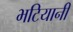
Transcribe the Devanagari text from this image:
भटियानी